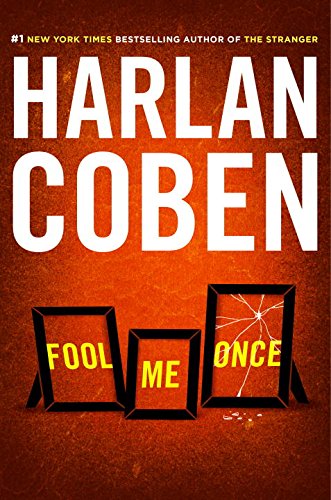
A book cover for Fool Me Once; Harlan Coben; Mystery, Thriller & Suspense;